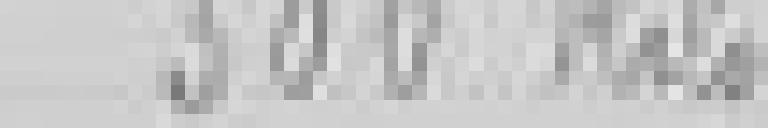
entrée : 300 kilos